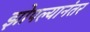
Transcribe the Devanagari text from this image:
झोपल्यानंतर